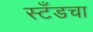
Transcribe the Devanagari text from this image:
स्टँडचा